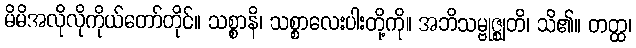
မိမိအလိုလိုကိုယ်တော်တိုင်။ သစ္စာနိ၊ သစ္စာလေးပါးတို့ကို။ အဘိသမ္ဗုဇ္ဈတိ၊ သိ၏။ တတ္ထ၊